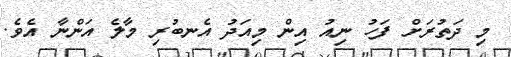
މި ދަތުރަށް ފަހު ނިއު އިން މިއަދު އެނބުރި މާލެ އަންނާ އެވެ.